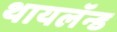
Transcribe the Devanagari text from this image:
थायलॅन्ड